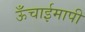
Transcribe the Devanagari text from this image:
ऊँचाईमापी